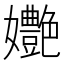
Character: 𡤩